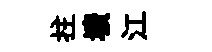
拄壙江